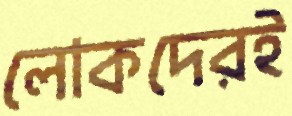
লোকদেরই